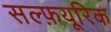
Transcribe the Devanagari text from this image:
सल्फ़यूरिक